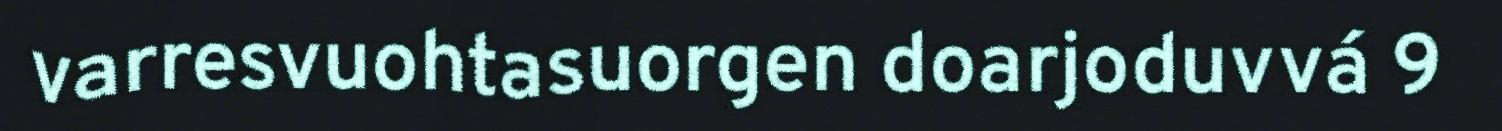
varresvuohtasuorgen doarjoduvvá 9